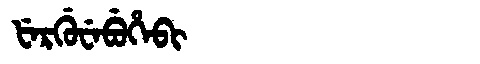
Manchu: ᡶᡝᡵᡤᡠᠸᡝᠪᡠᡥᡝᠪᡳ
Romanization: FERGUWEBUHEBI